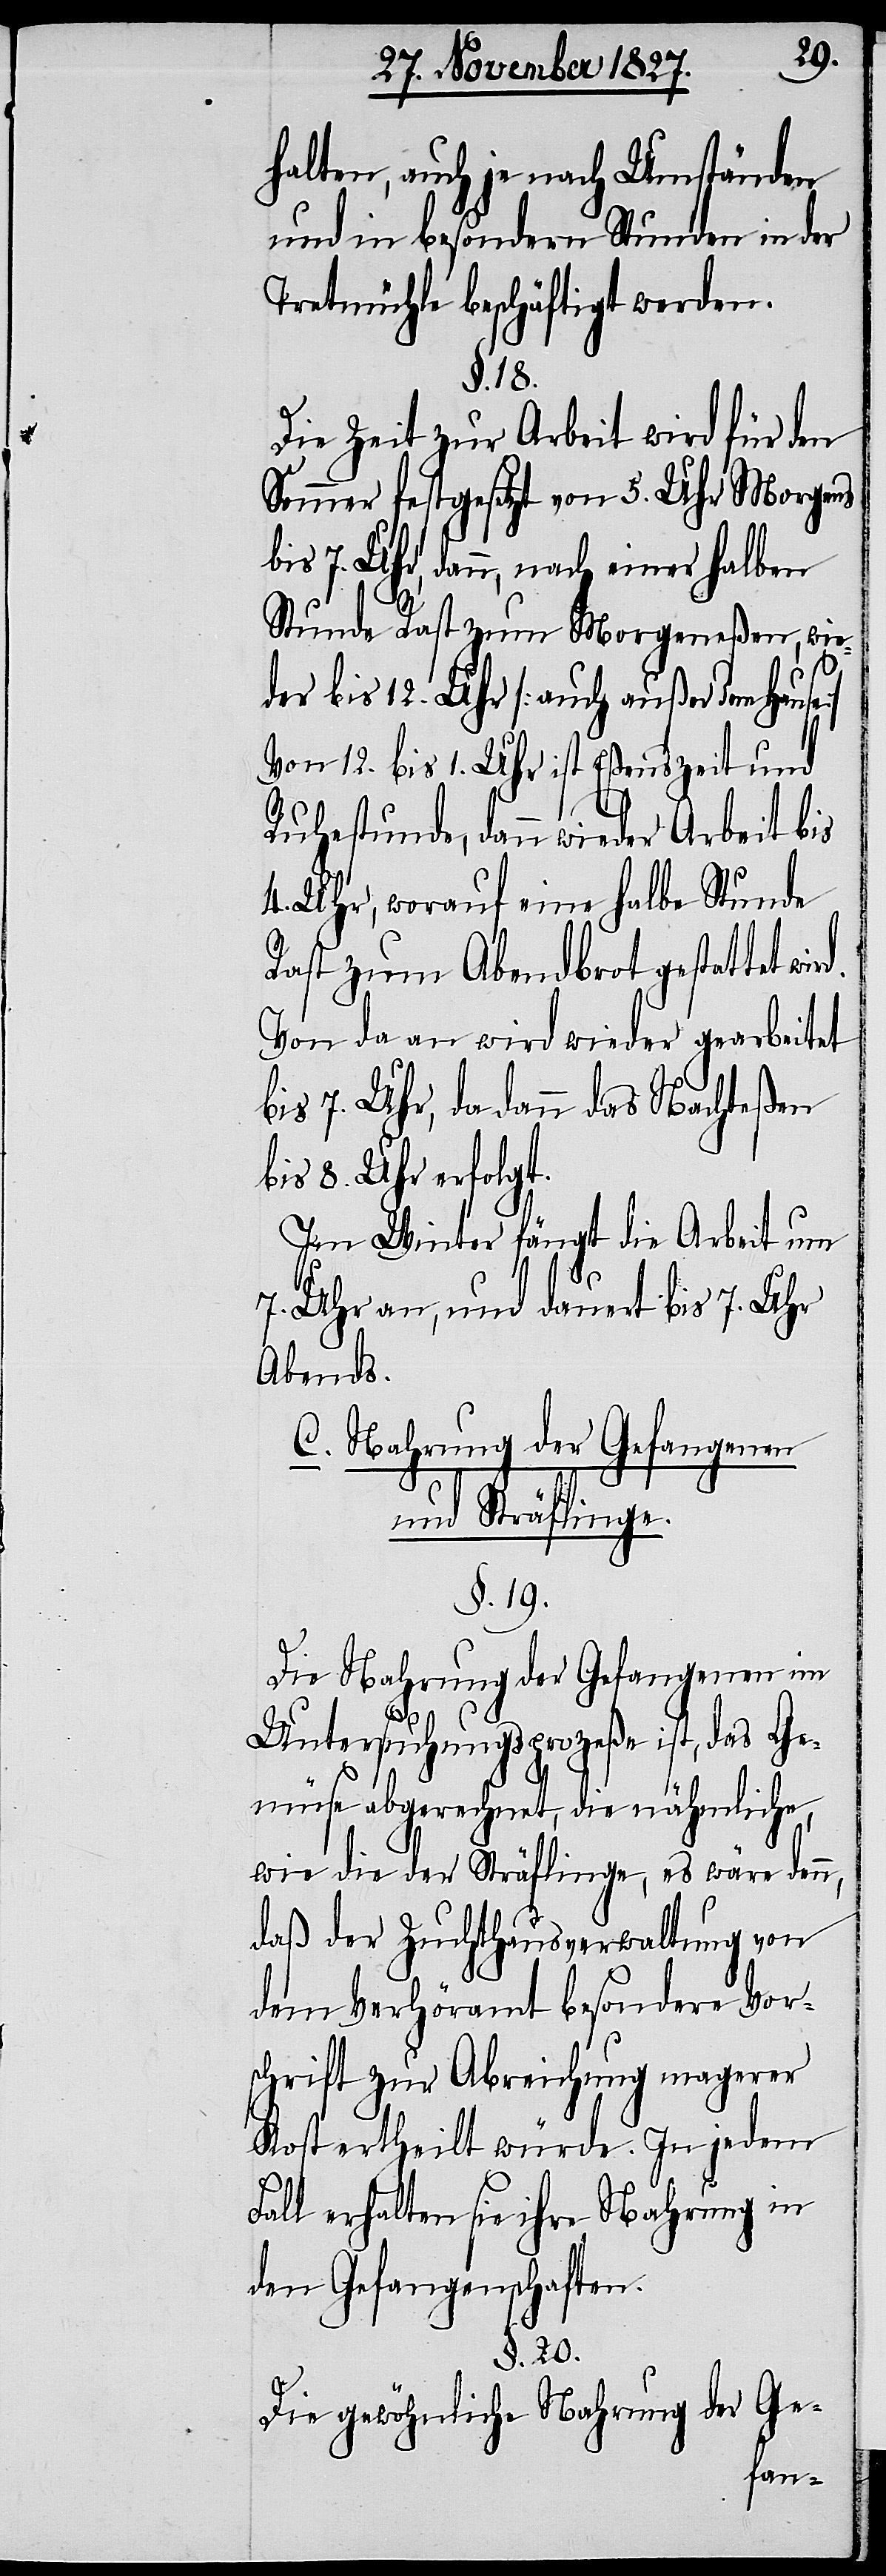
halten, auch je nach Umständen
und in besondern Stunden in der
Tretmühle beschäftigt werden.
§. 18.
Die Zeit zur Arbeit wird für den
Sommer festgesetzt von 5. Uhr Morgens
bis 7. Uhr, dann, nach einer halben
Stunde Rast zum Morgeneßen, wie¬
der bis 12. Uhr [auch außer dem Hause]
12 Uhr bis 1. Uhr ist Eßenszeit und
Ruhestunde, dann wieder Arbeit bis
4. Uhr, worauf eine halbe Stunde
Rast zum Abendbrot gestattet
Von da an wird wieder gearbeitet
bis 7. Uhr, da dann das Nachteßen
bis 8. Uhr erfolgt.
Im Winter fängt die Arbeit um
7. Uhr an, und dauert bis 7. Uhr
Abends.
C. Nahrung der Gefangenen
und Sträflinge.
§. 19.
Die Nahrung der Gefangenen im
Untersuchungsprozeße ist, das Ge¬
müse abgerechnet, die nähmliche,
wie die der Sträflinge, es wäre denn,
daß der Zuchthausverwaltung von
dem Verhöramt besondere Vor¬
schrift zur Abreichung magerer
Kost ertheilt würde. In jedem
Fall erhalten sie ihre Nahrung in
den Gefangenschaften.
§. 20.
Die gewöhnliche Nahrung der Ge-